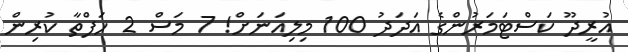
އުރީދޫ ކަސްޓަމަރުންގެ އަދަދު 100 މިލިއަނަށް! 7 މަސް 2 ހަފްތާ ކުރިން